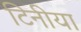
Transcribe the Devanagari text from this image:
टिनीया